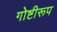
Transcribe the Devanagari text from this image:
गोष्टीरूप